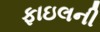
ફાઇલની